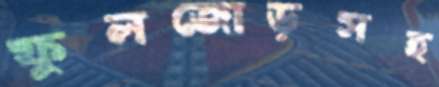
ফুলজোড়সহ